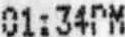
01:34PM